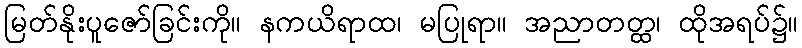
မြတ်နိုးပူဇော်ခြင်းကို။ နကယိရာထ၊ မပြုရာ။ အညာတတ္ထ၊ ထိုအရပ်၌။